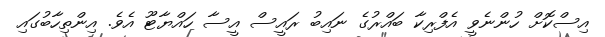
އިސްކޮށް ހުންނެވީ އެފްރިކާ ބައްރުގެ ނައިބު ރައީސް އީސާ ހައްޔާޓޫ އެވެ. އިންތިހާބުގައި